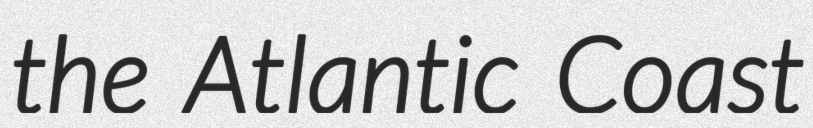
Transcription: the Atlantic Coast